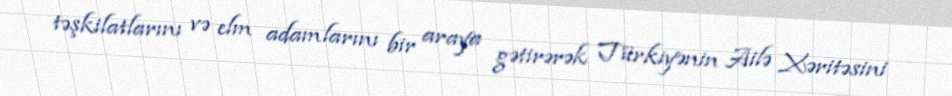
təşkilatlarını və elm adamlarını bir araya gətirərək Türkiyənin Ailə Xəritəsini